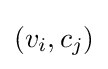
(v_{i},c_{j})